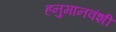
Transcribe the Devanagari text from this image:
हनुमानवंशी